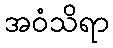
အဝံသိရာ